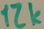
Text: 12K